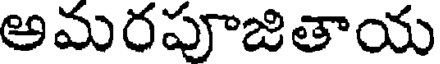
అమరపూజితాయ